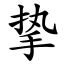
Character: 挚